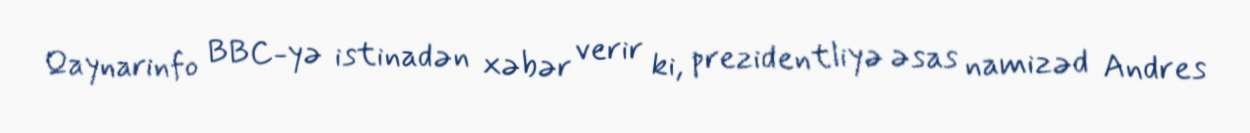
Qaynarinfo BBC-yə istinadən xəbər verir ki, prezidentliyə əsas namizəd Andres